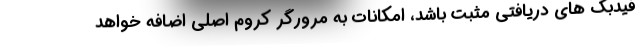
فیدبک های دریافتی مثبت باشد، امکانات به مرورگر کروم اصلی اضافه خواهد